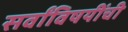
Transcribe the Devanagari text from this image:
सर्वांविषयींची